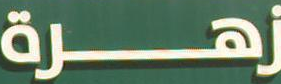
زهرة